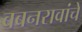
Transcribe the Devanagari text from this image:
बबनरावांचे